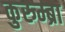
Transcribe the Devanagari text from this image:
कुरुम्ब्रा